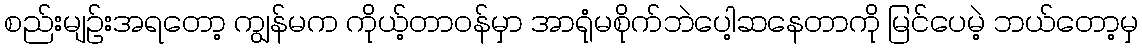
စည်းမျဉ်းအရတော့ ကျွန်မက ကိုယ့်တာဝန်မှာ အာရုံမစိုက်ဘဲပေါ့ဆနေတာကို မြင်ပေမဲ့ ဘယ်တော့မှ